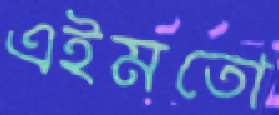
এইমতো